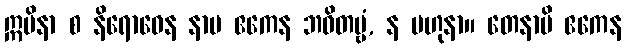
ဣမိနာ စ နိရောဓေန နာမ ဧကေန ဘဝိတဗ္ဗံ, န ဗဟုနာ။ တေနာပိ ဧကေန